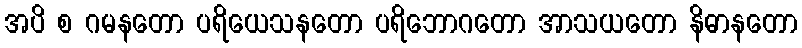
အပိ စ ဂမနတော ပရိယေသနတော ပရိဘောဂတော အာသယတော နိဓာနတော